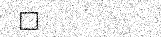
٧